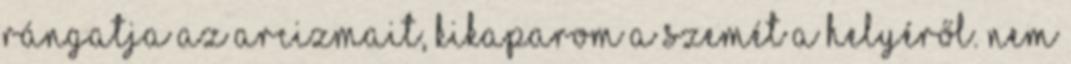
rángatja az arcizmait, kikaparom a szemét a helyéről. Nem